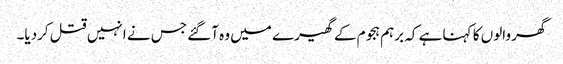
گھر والوں کا کہنا ہے کہ برہم ہجوم کے گھیرے میں وہ آگئے جس نے انہیں قتل کردیا۔